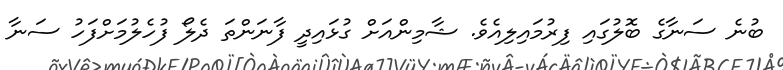
ބުނެ ސަނާގެ ބޮލުގައި ފިރުމައިލިއެވެ. ޝާމިންއަށް ގުޅައިދީ ފާނަންތަ ދެލޯ ފުހެލުމަށްފަހު ސަނާ